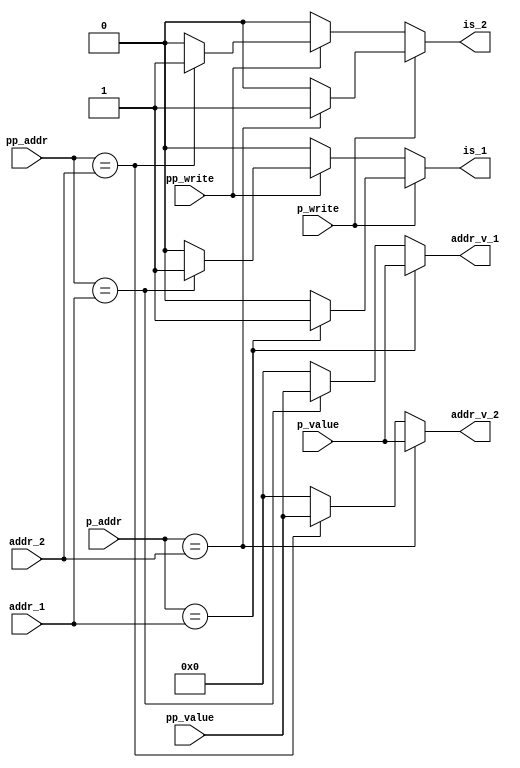
`timescale 1ns / 1ps
//////////////////////////////////////////////////////////////////////////////////
// Company: 
// Engineer: 
// 
// Design Name: 
// Module Name: forwarding
// Project Name: 
// Target Devices: 
// Tool Versions: 
// Description: 
// 
// Dependencies: 
// 
// Revision:
// Revision 0.01 - File Created
// Additional Comments:
// 
//////////////////////////////////////////////////////////////////////////////////


module forwarding(
    input wire [4:0] addr_1, input wire [4:0] addr_2,
    input wire [31:0] pp_value, input wire [4:0] pp_addr, input wire pp_write,
    input wire [31:0] p_value, input wire [4:0] p_addr, input wire p_write,
    output wire [31:0] addr_v_1, output wire [31:0] addr_v_2, output wire is_1, output wire is_2
    );
    assign addr_v_1 = (p_addr == addr_1) ? p_value : (pp_addr == addr_1) ? pp_value : 32'd0;
    assign addr_v_2 = (p_addr == addr_2) ? p_value : (pp_addr == addr_2) ? pp_value : 32'd0;
    assign is_1 = (p_write == 1'd1) ? (p_addr == addr_1) ? 1'd1 : 1'd0 : (pp_write == 1'd1) ? (pp_addr == addr_1) ? 1'd1 : 1'd0 : 1'd0;
    assign is_2 = (p_write == 1'd1) ? (p_addr == addr_2) ? 1'd1 : 1'd0 : (pp_write == 1'd1) ? (pp_addr == addr_2) ? 1'd1 : 1'd0 : 1'd0;
endmodule